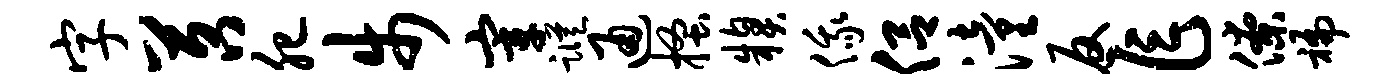
字苕肥步宰踪通搔糗俄侣潼反乍僚褊